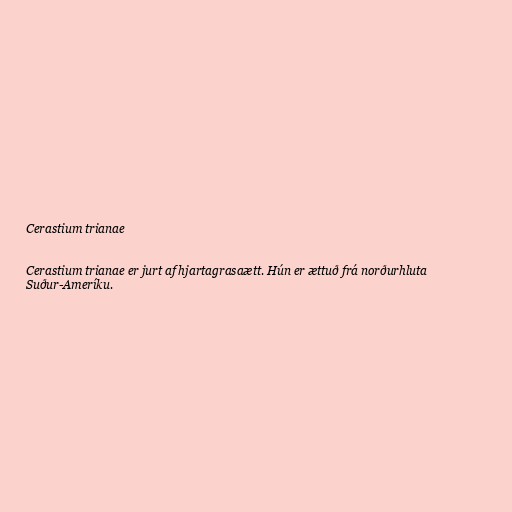
Cerastium trianae

Cerastium trianae er jurt af hjartagrasaætt. Hún er ættuð frá norðurhluta
Suður-Ameríku.